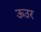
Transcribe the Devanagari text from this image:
ऊउर